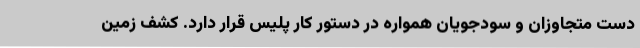
دست متجاوزان و سودجویان همواره در دستور کار پلیس قرار دارد. کشف زمین